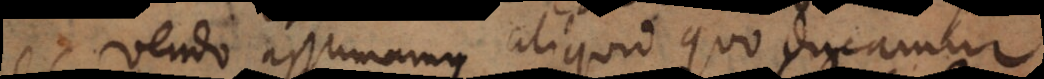
vendo assumamus aliquid quo ducamur